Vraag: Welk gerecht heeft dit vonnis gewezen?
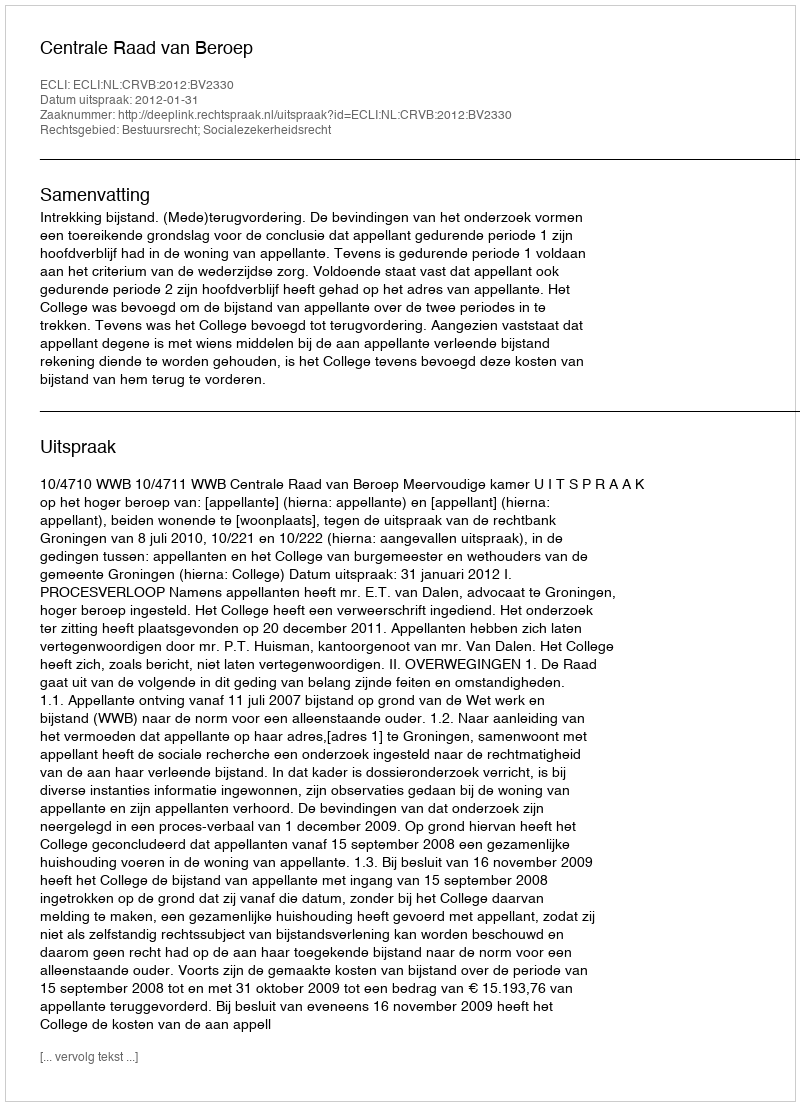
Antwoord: Centrale Raad van Beroep